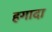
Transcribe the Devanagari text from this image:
हगादा